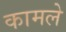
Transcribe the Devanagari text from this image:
कामले